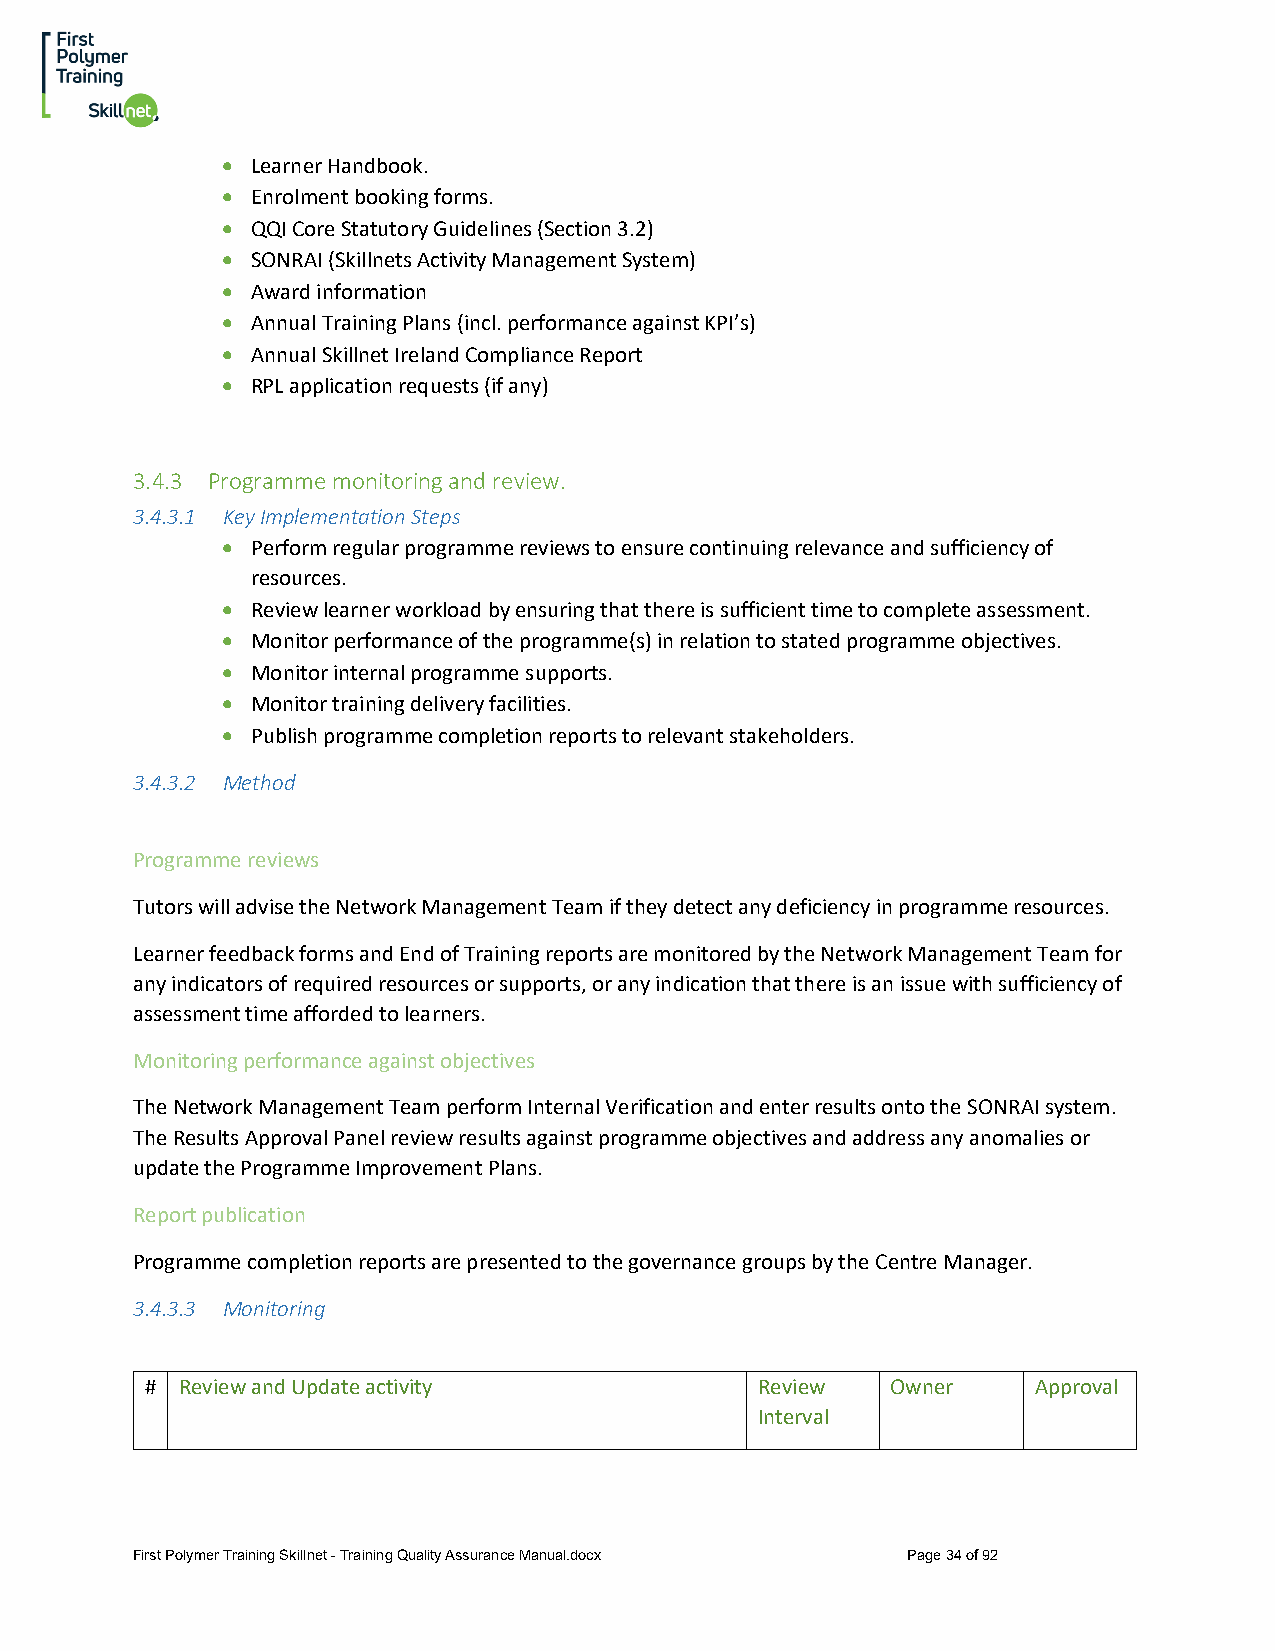
• Learner Handbook.
 • Enrolment booking forms.
 • QQI Core Statutory Guidelines (Section 3.2)
 • SONRAI (Skillnets Activity Management System)
 • Award information
 • Annual Training Plans (incl. performance against KPI’s)
 • Annual Skillnet Ireland Compliance Report
 • RPL application requests (if any)
 3.4.3 Programme monitoring and review.
 3.4.3.1 Key Implementation Steps
 • Perform regular programme reviews to ensure continuing relevance and sufficiency of
 resources.
 • Review learner workload by ensuring that there is sufficient time to complete assessment.
 • Monitor performance of the programme(s) in relation to stated programme objectives.
 • Monitor internal programme supports.
 • Monitor training delivery facilities.
 • Publish programme completion reports to relevant stakeholders.
 3.4.3.2 Method
 Programme reviews
 Tutors will advise the Network Management Team if they detect any deficiency in programme resources.
 Learner feedback forms and End of Training reports are monitored by the Network Management Team for
 any indicators of required resources or supports, or any indication that there is an issue with sufficiency of
 assessment time afforded to learners.
 Monitoring performance against objectives
 The Network Management Team perform Internal Verification and enter results onto the SONRAI system.
 The Results Approval Panel review results against programme objectives and address any anomalies or
 update the Programme Improvement Plans.
 Report publication
 Programme completion reports are presented to the governance groups by the Centre Manager.
 3.4.3.3 Monitoring
 # Review and Update activity            Review   Owner    Approval
 Interval
 First Polymer Training Skillnet - Training Quality Assurance Manual.docx Page 34 of 92